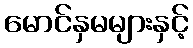
မောင်နှမများနှင့်